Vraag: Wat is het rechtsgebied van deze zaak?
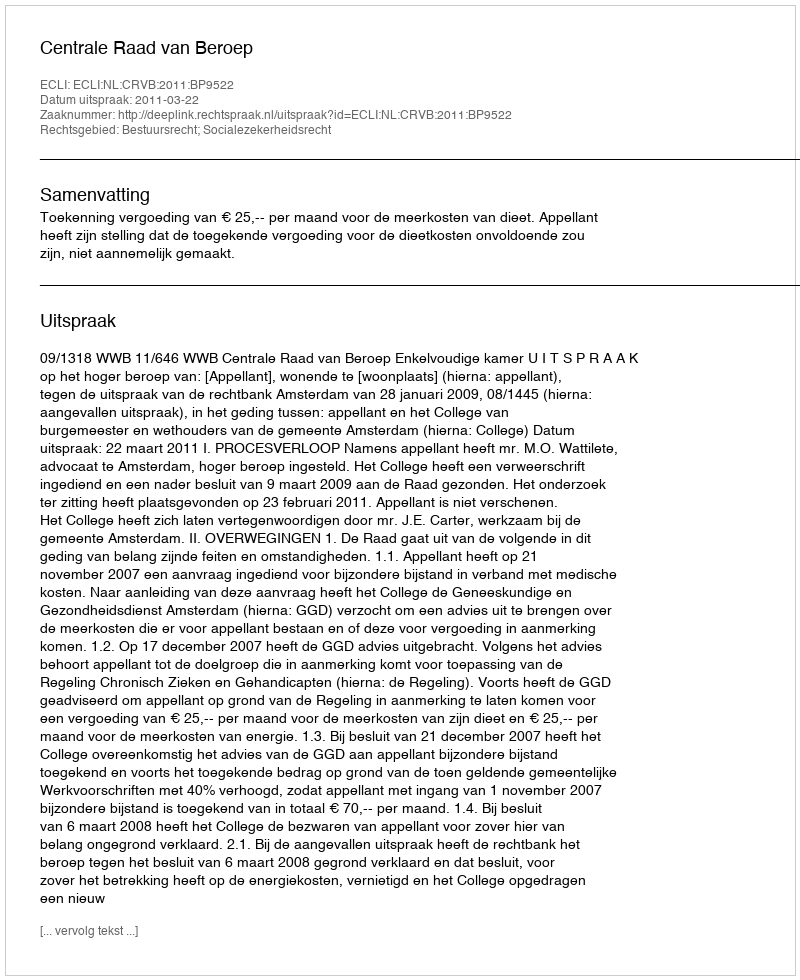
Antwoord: Bestuursrecht; Socialezekerheidsrecht